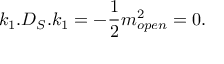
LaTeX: k _ { 1 } . D _ { S } . k _ { 1 } = - { \frac { 1 } { 2 } } m _ { o p e n } ^ { 2 } = 0 .